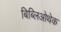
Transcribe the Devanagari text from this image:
बिब्लिओथेक